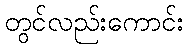
တွင်လည်းကောင်း